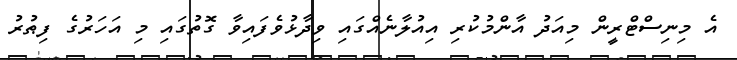
އެ މިނިސްޓްރީން މިއަދު އާންމުކުރި އިއުލާނެއްގައި ވިދާޅުވެފައިވާ ގޮތުގައި މި އަހަރުގެ ފިޠުރު